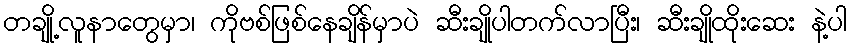
တချို့လူနာတွေမှာ၊ ကိုဗစ်ဖြစ်နေချိန်မှာပဲ ဆီးချိုပါတက်လာပြီး၊ ဆီးချိုထိုးဆေး နဲ့ပါ